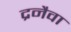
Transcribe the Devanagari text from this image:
द्रनैवा